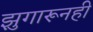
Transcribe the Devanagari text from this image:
झुगारूनही